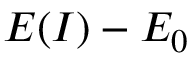
E ( I ) - E _ { 0 }